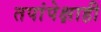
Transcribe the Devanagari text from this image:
तपांपेक्षाही